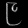
Digit: ၉